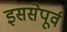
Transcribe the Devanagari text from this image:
इससेपूर्व